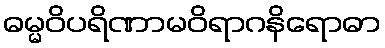
ဓမ္မဝိပရိဏာမဝိရာဂနိရောဓာ